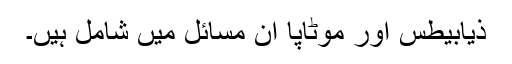
ذیابیطس اور موٹاپا ان مسائل میں شامل ہیں۔